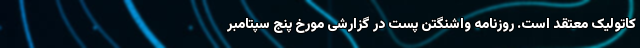
کاتولیک معتقد است. روزنامه واشنگتن پست در گزارشی مورخ پنج سپتامبر